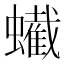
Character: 蠘